Treatise on elephants
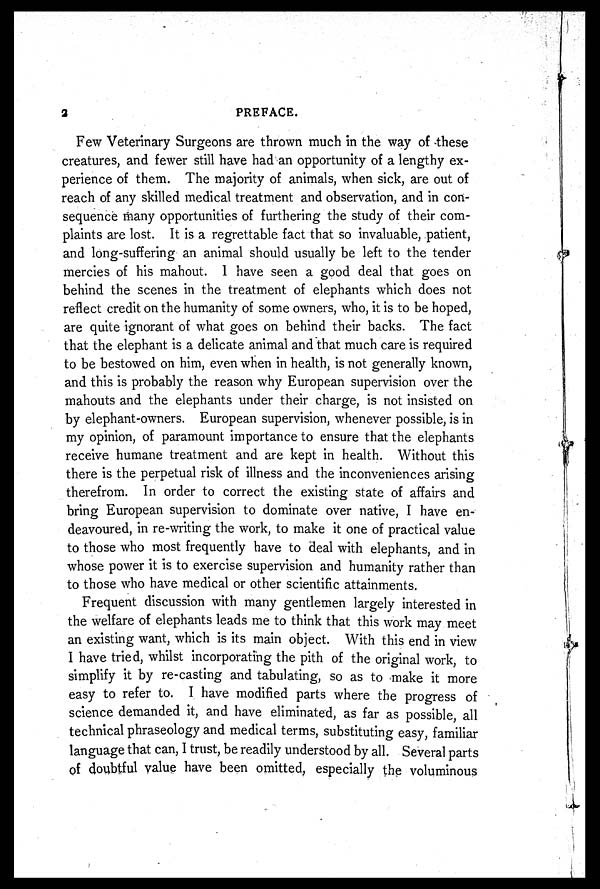
2
PREFACE.
Few Veterinary Surgeons are thrown much in the way of these
creatures, and fewer still have had an opportunity of a lengthy ex-
perience of them. The majority of animals, when sick, are out of
reach of any skilled medical treatment and observation, and in con-
sequence many opportunities of furthering the study of their com-
plaints are lost. It is a regrettable fact that so invaluable, patient,
and long-suffering an animal should usually be left to the tender
mercies of his mahout. 1 have seen a good deal that goes on
behind the scenes in the treatment of elephants which does not
reflect credit on the humanity of some owners, who, it is to be hoped,
are quite ignorant of what goes on behind their backs. The fact
that the elephant is a delicate animal and that much care is required
to be bestowed on him, even when in health, is not generally known,
and this is probably the reason why European supervision over the
mahouts and the elephants under their charge, is not insisted on
by elephant-owners. European supervision, whenever possible, is in
my opinion, of paramount importance to ensure that the elephants
receive humane treatment and are kept in health. Without this
there is the perpetual risk of illness and the inconveniences arising
therefrom. In order to correct the existing state of affairs and
bring European supervision to dominate over native, I have en-
deavoured, in re-writing the work, to make it one of practical value
to those who most frequently have to deal with elephants, and in
whose power it is to exercise supervision and humanity rather than
to those who have medical or other scientific attainments.
Frequent discussion with many gentlemen largely interested in
the welfare of elephants leads me to think that this work may meet
an existing want, which is its main object. With this end in view
I have tried, whilst incorporating the pith of the original work, to
simplify it by re-casting and tabulating, so as to make it more
easy to refer to. I have modified parts where the progress of
science demanded it, and have eliminated, as far as possible, all
technical phraseology and medical terms, substituting easy, familiar
language that can, I trust, be readily understood by all. Several parts
of doubtful value have been omitted, especially the voluminous